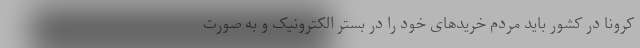
کرونا در کشور باید مردم خرید‌های خود را در بستر الکترونیک و به صورت